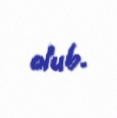
olub.